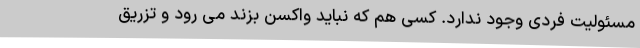
مسئولیت فردی وجود ندارد. کسی هم که نباید واکسن بزند می ‌رود و تزریق